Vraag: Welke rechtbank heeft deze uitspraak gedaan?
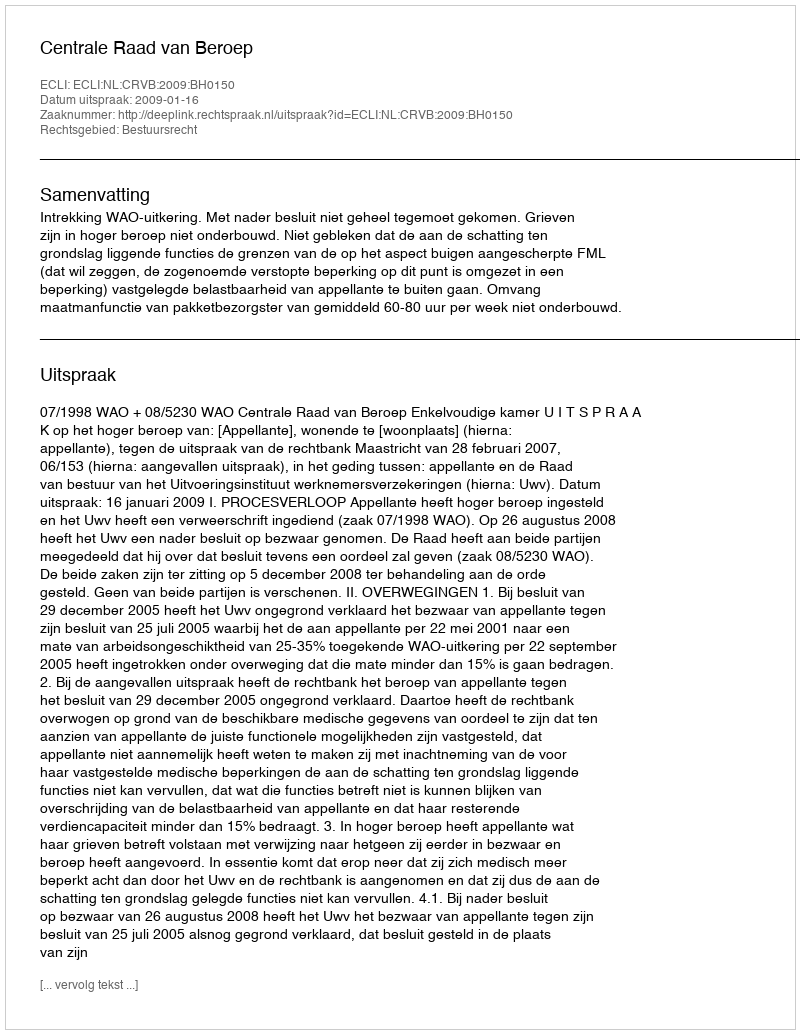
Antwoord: Centrale Raad van Beroep